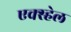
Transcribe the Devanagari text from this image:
एक्स्हेल